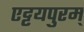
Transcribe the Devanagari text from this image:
एट्टयपुरम्